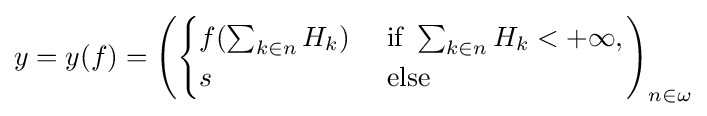
y=y(f)=\left({\begin{cases}f(\sum _{k\in n}H_{k})&{\text{ if }}\sum _{k\in n}H_{k}<+\infty ,\\s&{\text{ else}}\end{cases}}\right)_{n\in \omega }